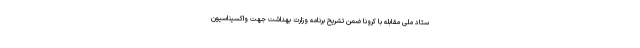
ستاد ملی مقابله با کرونا ضمن تشریح برنامه وزارت بهداشت جهت واکسیناسیون